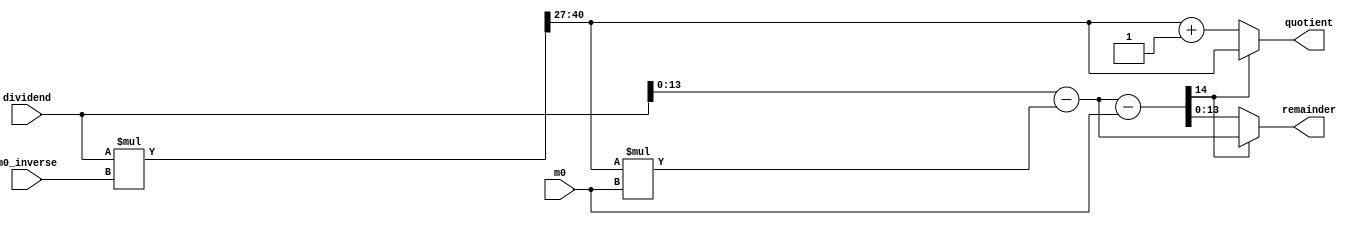
/******************************************************************* 
  Author: Bo-Yuan Peng bypeng@crypto.tw
  Copyright 2021 Academia Sinica

  This file is part of sntrup761_fcl.

  The RTL is free software: you can redistribute it and/or
  modify it under the terms of the GNU Lesser General Public License
  as published by the Free Software Foundation, either version 2.1 of
  the License, or (at your option) any later version.

  The RTL is distributed in the hope that it will be useful,
  but WITHOUT ANY WARRANTY; without even the implied warranty of
  MERCHANTABILITY or FITNESS FOR A PARTICULAR PURPOSE. See the GNU
  General Public License for more details.

  You should have received a copy of the GNU Lesser General Public
  License along with this program.
  If not, see <https://www.gnu.org/licenses/>.
 *******************************************************************/

module barrett ( dividend, m0, m0_inverse, quotient, remainder ) ;

    parameter M0LEN = 14;
    parameter SHIFT = 27;

    localparam M0LEN2 = M0LEN * 2;

    input   [M0LEN2-1:0]    dividend;
    input   [M0LEN-1:0]     m0;
    input   [SHIFT-1:0]     m0_inverse;
    output  [M0LEN-1:0]     quotient;
    output  [M0LEN-1:0]     remainder;

    wire    [M0LEN2+SHIFT-1:0]  quo2;
    wire    [M0LEN-1:0]         q0;
    wire    [M0LEN-1:0]         q1;
    wire    [M0LEN-1:0]         r0;
    wire    [M0LEN:0]           r1;

    assign quo2 = { { SHIFT {1'b0} }, dividend } * { { M0LEN2 {1'b0} }, m0_inverse };

    assign q0 = quo2[SHIFT +: M0LEN];
    assign q1 = q0 + { { (M0LEN - 1) {1'b0} }, {1'b1} };
    assign r0 = dividend - { { M0LEN {1'b0} }, q0 } * { { M0LEN {1'b0} }, m0 };
    assign r1 = { 1'b0, r0 } - { 1'b0, m0 };

    assign quotient = r1[M0LEN] ? q0 : q1;
    assign remainder = r1[M0LEN] ? r0 : r1[M0LEN-1:0];

endmodule